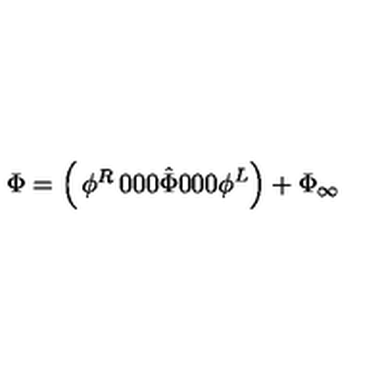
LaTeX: \Phi = \left( \begin{matrix} { \phi ^ { R } } & { 0 } & { 0 } \\ { 0 } & { \hat { \Phi } } & { 0 } \\ { 0 } & { 0 } & { \phi ^ { L } } \\ \end{matrix} \right) + \Phi _ { \infty }